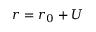
r = r _ { 0 } + U